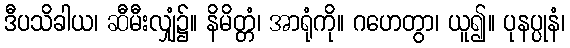
ဒီပသိခါယ၊ ဆီမီးလျှံ၌။ နိမိတ္တံ၊ အာရုံကို။ ဂဟေတွာ၊ ယူ၍။ ပုနပ္ပုနံ၊